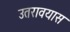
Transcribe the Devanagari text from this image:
उतरावयास